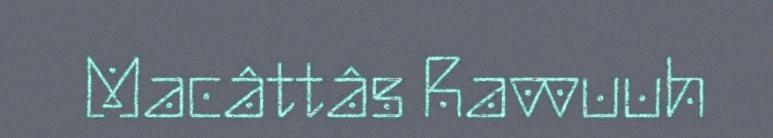
Macâttâs Ravvuuh